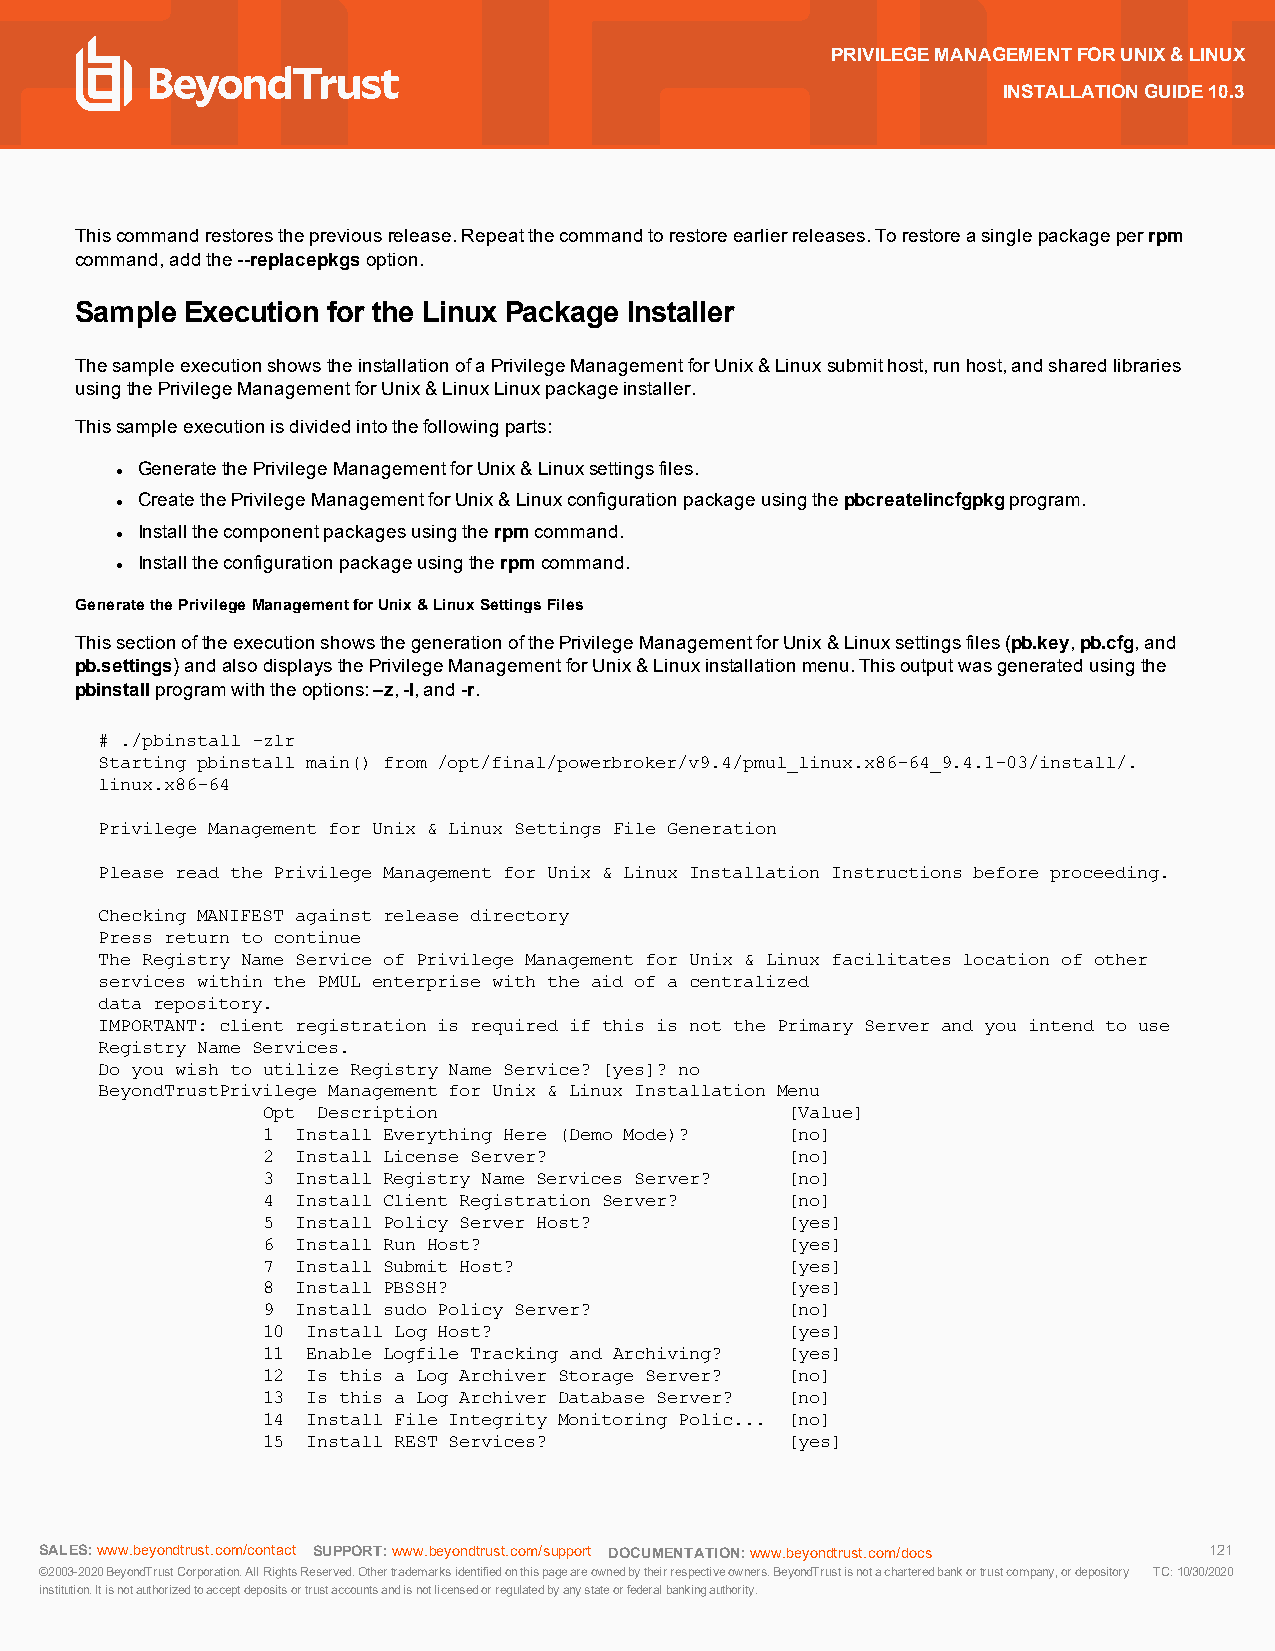
PRIVILEGEMANAGEMENTFORUNIX&LINUX
 INSTALLATIONGUIDE10.3
 Thiscommandrestoresthepreviousrelease.Repeatthecommandtorestoreearlierreleases.Torestoreasinglepackageperrpm
 command,addthe--replacepkgsoption.
 Sample Execution for the Linux Package Installer
 ThesampleexecutionshowstheinstallationofaPrivilegeManagementforUnix&Linuxsubmithost,runhost,andsharedlibraries
 usingthePrivilegeManagementforUnix&LinuxLinuxpackageinstaller.
 Thissampleexecutionisdividedintothefollowingparts:
 GeneratethePrivilegeManagementforUnix&Linuxsettingsfiles.
 l
 CreatethePrivilegeManagementforUnix&Linuxconfigurationpackageusingthepbcreatelincfgpkgprogram.
 l
 Installthecomponentpackagesusingtherpmcommand.
 l
 Installtheconfigurationpackageusingtherpmcommand.
 l
 GeneratethePrivilegeManagementforUnix&LinuxSettingsFiles
 ThissectionoftheexecutionshowsthegenerationofthePrivilegeManagementforUnix&Linuxsettingsfiles(pb.key,pb.cfg,and
 pb.settings)andalsodisplaysthePrivilegeManagementforUnix&Linuxinstallationmenu.Thisoutputwasgeneratedusingthe
 pbinstallprogramwiththeoptions:–z,-l,and-r.
 # ./pbinstall -zlr
 Starting pbinstall main() from /opt/final/powerbroker/v9.4/pmul_linux.x86-64_9.4.1-03/install/.
 linux.x86-64
 Privilege Management for Unix & Linux Settings File Generation
 Please read the Privilege Management for Unix & Linux Installation Instructions before proceeding.
 Checking MANIFEST against release directory
 Press return to continue
 The Registry Name Service of Privilege Management for Unix & Linux facilitates location of other
 services within the PMUL enterprise with the aid of a centralized
 data repository.
 IMPORTANT: client registration is required if this is not the Primary Server and you intend to use
 Registry Name Services.
 Do you wish to utilize Registry Name Service? [yes]? no
 BeyondTrustPrivilege Management for Unix & Linux Installation Menu
 Opt Description                    [Value]
 1  Install Everything Here (Demo Mode)? [no]
 2  Install License Server?         [no]
 3  Install Registry Name Services Server? [no]
 4  Install Client Registration Server? [no]
 5  Install Policy Server Host?     [yes]
 6  Install Run Host?               [yes]
 7  Install Submit Host?            [yes]
 8  Install PBSSH?                  [yes]
 9  Install sudo Policy Server?     [no]
 10 Install Log Host?               [yes]
 11 Enable Logfile Tracking and Archiving? [yes]
 12 Is this a Log Archiver Storage Server? [no]
 13 Is this a Log Archiver Database Server? [no]
 14 Install File Integrity Monitoring Polic... [no]
 15 Install REST Services?          [yes]
 SALES:www.beyondtrust.com/contact SUPPORT:www.beyondtrust.com/support DOCUMENTATION:www.beyondtrust.com/docs 121
 ©2003-2020BeyondTrustCorporation.AllRightsReserved.Othertrademarksidentifiedonthispageareownedbytheirrespectiveowners.BeyondTrustisnotacharteredbankortrustcompany,ordepository TC:10/30/2020
 institution.Itisnotauthorizedtoacceptdepositsortrustaccountsandisnotlicensedorregulatedbyanystateorfederalbankingauthority.